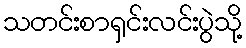
သတင်းစာရှင်းလင်းပွဲသို့